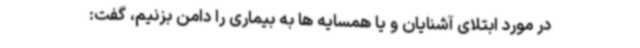
در مورد ابتلای آشنایان و یا همسایه ها به بیماری را دامن بزنیم، گفت: